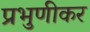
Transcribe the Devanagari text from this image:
प्रभुणीकर